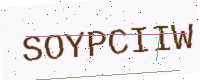
Text: SOYPCIIW